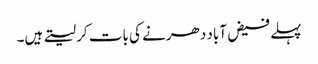
پہلے فیض آباد دھرنے کی بات کر لیتے ہیں۔